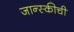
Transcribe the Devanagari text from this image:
जान्स्कीची